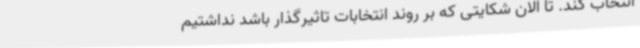
انتخاب کند. تا الان شکایتی که بر روند انتخابات تاثیرگذار باشد نداشتیم